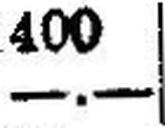
—.—